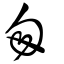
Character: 匆